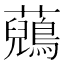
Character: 𧄷